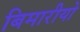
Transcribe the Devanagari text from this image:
बिमारीयो